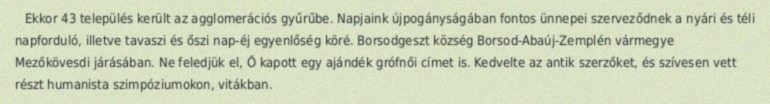
Ekkor 43 település került az agglomerációs gyűrűbe. Napjaink újpogányságában fontos ünnepei szerveződnek a nyári és téli napforduló, illetve tavaszi és őszi nap-éj egyenlőség köré. Borsodgeszt község Borsod-Abaúj-Zemplén vármegye Mezőkövesdi járásában. Ne feledjük el, Ő kapott egy ajándék grófnői címet is. Kedvelte az antik szerzőket, és szívesen vett részt humanista szimpóziumokon, vitákban.